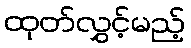
ထုတ်လွှင့်မည့်